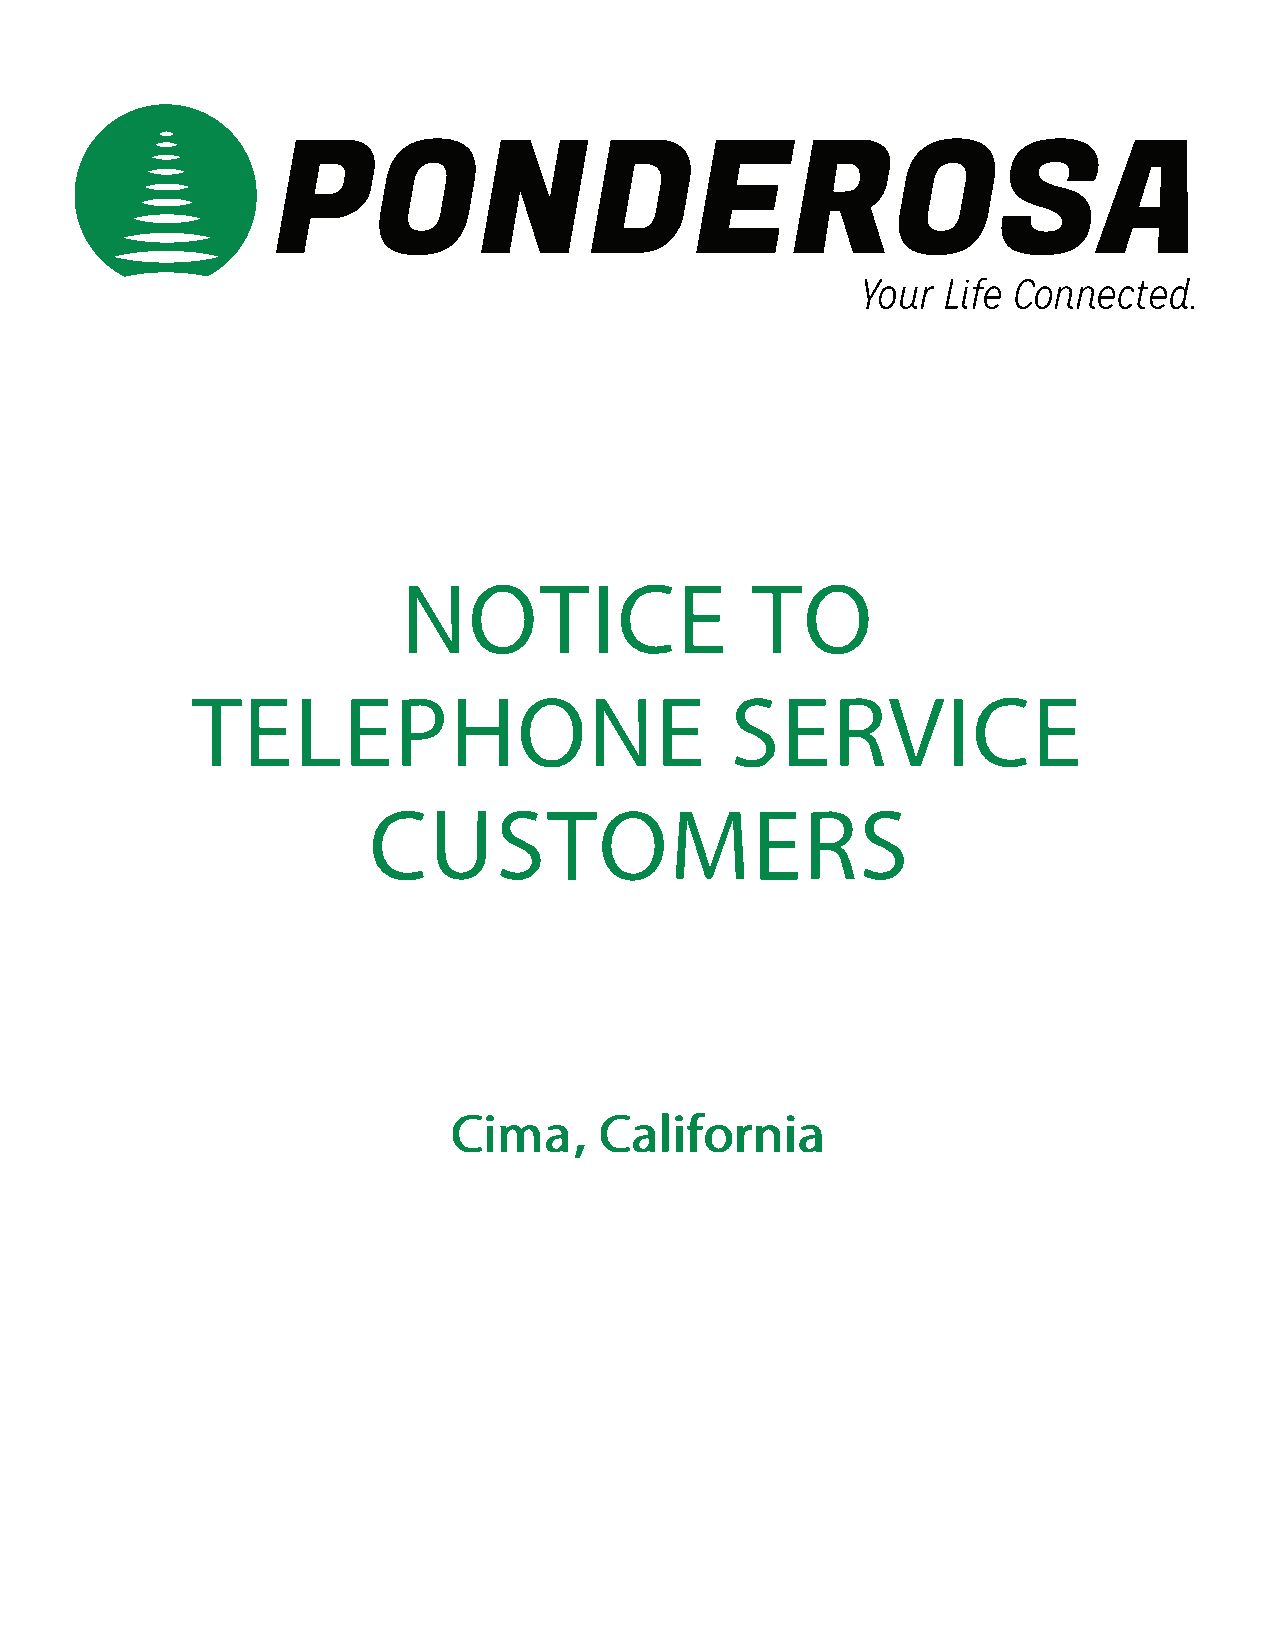
NOTITCOE
 TELEPHSOENREV                                            ICE
 CUSTMOERS
 CimCaa,l             ifornia